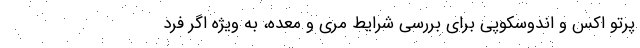
پرتو اکس و اندوسکوپی برای بررسی شرایط مری و معده، به ویژه اگر فرد